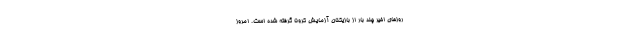
روزهای اخیر چند بار از بازیکنان آزمایش کرونا گرفته شده است. امروز